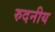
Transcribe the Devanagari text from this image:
रुदनीय